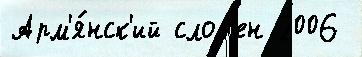
Арм'я́нск'ий слов'ен 2006